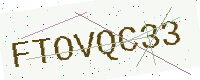
Text: FTOVQC33